Report of the Municipal Commissioner on the plague in Bombay for the year ending 31st May... - Volume 1
Disease focus: Plague
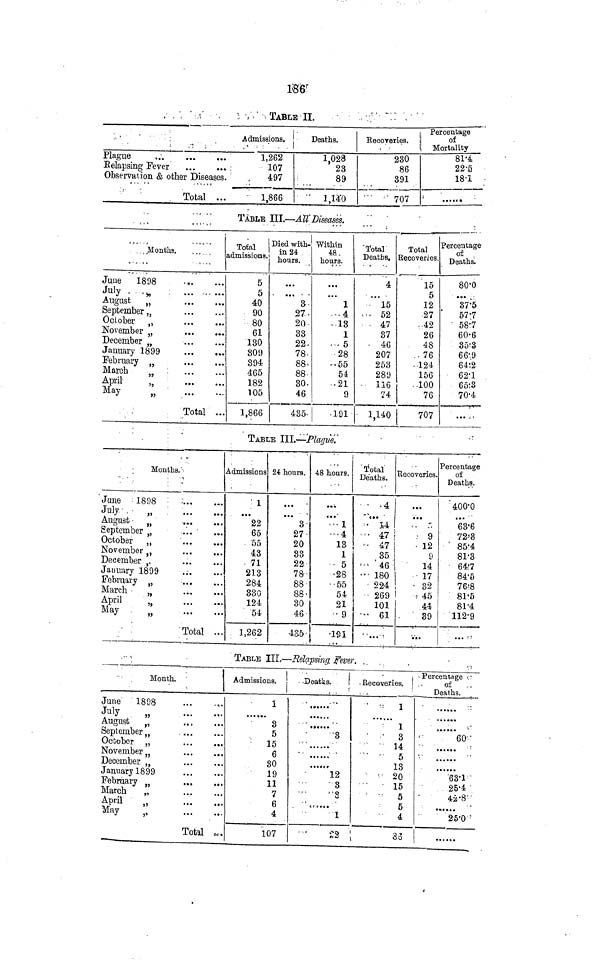
186
TABLE II.
Admissions.
Plague
Relapsing Fever
Observation & other Diseases.
•
Total ...
1,262
107
497
1,866
Deaths.
1,028
23
89
1,140
Percentage
Recoveries,
of
Mortality
230
86
391
707
81·4
22·5
18·1
• ••1C •
TABLE III.—All' Diseases.
Months.
June
1898
July
„
August
„
September „
October „
November „
December „
January 1899
February tt
March
„
April
„
May
„
Total ...
Total |
admissions.
5
5
40
90
80
61
130
809
394
4'65
182
105
1,866
Died with-
in 24
hours.
...
3
27
20
33
22
78
88
88
30
46
435
Within
48
hours.
...
1
4
13
1
5
28
55
54
21
9
| 191
Total
Deaths.
4
• ••
15
52
47
37
46
207
253
289
116
74
1,140
Total
Recoveries.
15
5
12
27
42
26
48
76
124
156
100
76
707
Percentage
of
Deaths.
80'0
···
37·5
57·7
58·7
60·6
35·3
66·9
64·2
62·1
65·3
70·4
...
TABLE III.—Plague.
Months.
June
1898
July
„
August
H
September „
October „
November } ,
December ,,
January 1899
February ,,
March
„
April
„
May
„
Total ...
Admissions
1
•••
22
65
55
43
71
213
284
330
124
54
1,262
24 hours.
...
' 3
27
20
83
22
78
88
88
30
46
4S5
i
48 hours.
•• •
c • • 1
4
13
1
5
28
55
54
21
9
191
Total
Deaths.
4
•••
14
Recoveries.
• ••
47 i
9
47 •
35
46
12
9
14
180
17
224
269
101
61
...
32
45
44
39
...
Percentage
of
Deaths
4000
...
63·6
72·8
85·4
81·3
64·7
84·5
76·8
81·6
81·4
112·9
...
TABLE III,—Relapsing fever.
Month.
June 1898
,.
July
„
August
„
September „
October „
November,,
December „
January 1899
February „
t
March
„
April
May
,,
Total „,.
Admissions.
1 1
......
3
5
15
6
30
19
11
7
6
4
107
Deatas.
!
8
12
8
3
...
1
22
Recoveries.
1
1
8
14
5
13
20
15
5
5
4
33
Percentage
of
Deaths.
60
63·1
25·4
42·8
•••••
25·0